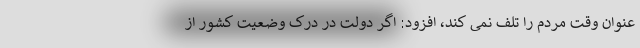
عنوان وقت مردم را تلف نمی کند، افزود: اگر دولت در درک وضعیت کشور از